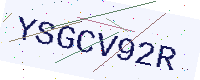
Text: YSGCV92R